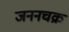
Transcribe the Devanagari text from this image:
जननचक्र